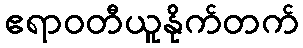
ဧရာဝတီယူနိုက်တက်